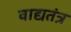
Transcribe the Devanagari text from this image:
वाद्यतंत्र